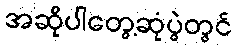
အဆိုပါတွေ့ဆုံပွဲတွင်